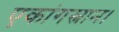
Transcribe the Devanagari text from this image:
एकांगस्नान।